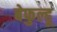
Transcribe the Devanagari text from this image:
बेफुल्हू